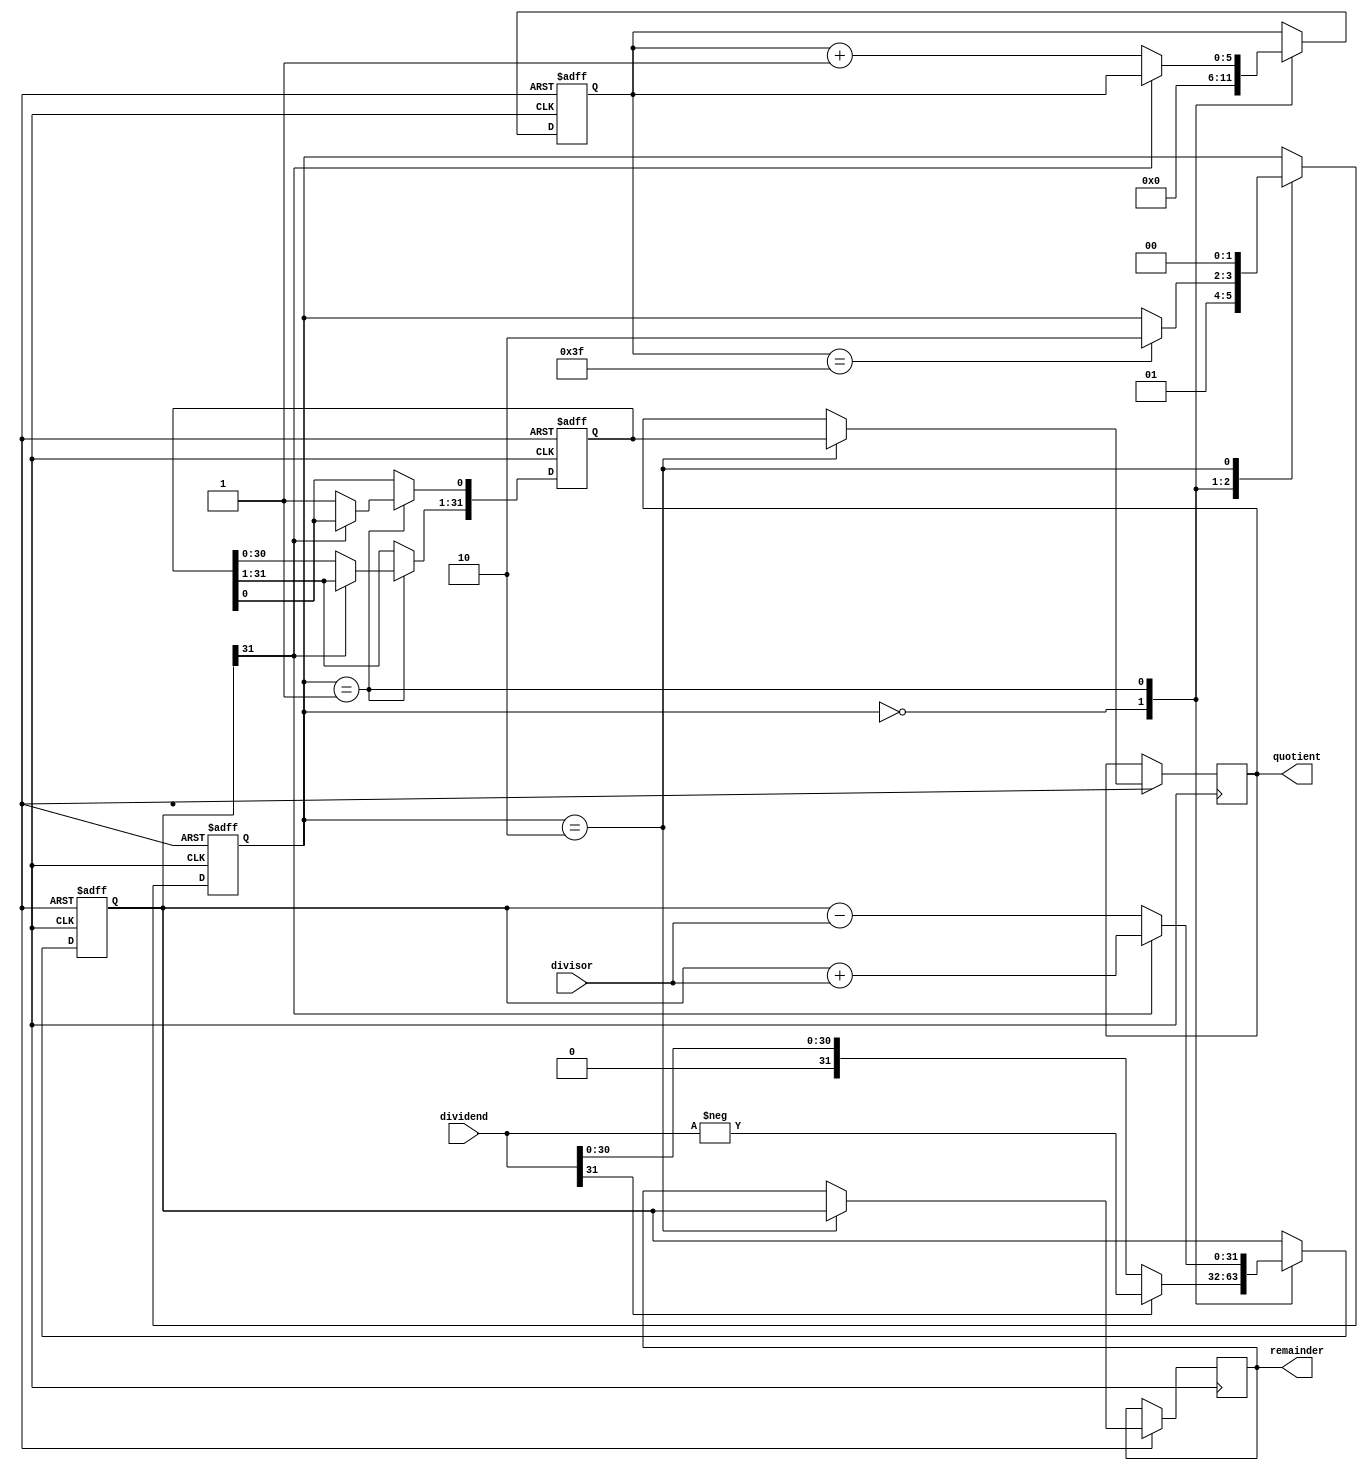
module non_restoring_divider (
  input wire signed [31:0] dividend,
  input wire signed [31:0] divisor,
  output wire signed [31:0] quotient,
  output wire signed [31:0] remainder
);

reg signed [31:0] partial_remainder;
reg signed [31:0] partial_quotient;
reg [5:0] count;
reg [1:0] state;

always @ (posedge clk or negedge rst) begin
  if (rst == 1'b0) begin
    partial_remainder <= 32'b0;
    partial_quotient <= 32'b0;
    count <= 6'b0;
    state <= 2'b00;
  end else begin
    case(state)
      2'b00: begin
        if(dividend[31] == 1'b1)
          partial_remainder <= -dividend;
        else
          partial_remainder <= dividend;
        
        count <= 6'b0;
        state <= 2'b01;
      end
      
      2'b01: begin
        if(partial_remainder[31] == 1'b1) begin
          partial_remainder <= partial_remainder + divisor;
        end else begin
          partial_remainder <= partial_remainder - divisor;
          partial_quotient <= partial_quotient << 1;
          partial_quotient[0] <= 1'b1;
          count <= count + 1;
        end
        
        if(count == 6'b111111) begin
          state <= 2'b10;
        end
      end
      
      2'b10: begin
        remainder <= partial_remainder;
        quotient <= partial_quotient;
        state <= 2'b00;
      end
    endcase
  end
end

endmodule